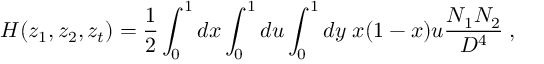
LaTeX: H ( z _ { 1 } , z _ { 2 } , z _ { t } ) = { \frac { 1 } { 2 } } \int _ { 0 } ^ { 1 } d x \int _ { 0 } ^ { 1 } d u \int _ { 0 } ^ { 1 } d y \; x ( 1 - x ) u { \frac { N _ { 1 } N _ { 2 } } { D ^ { 4 } } } \; ,